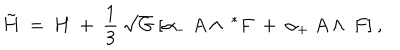
{ \tilde { \bf H } } ~ = ~ { \bf H } ~ + ~ \frac 1 3 ~ \sqrt { G } ~ [ \alpha _ { - } ~ A \wedge ~ ^ { * } F ~ + ~ \alpha _ { + } ~ A \wedge ~ F ] ~ ,